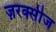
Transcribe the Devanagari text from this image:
ज़रक्सीज